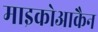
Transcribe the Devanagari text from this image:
माइकोआकैन